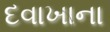
દવાખાના